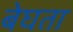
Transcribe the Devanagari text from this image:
बेघता